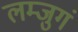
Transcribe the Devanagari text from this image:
लम्जुगं